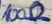
Text: 100Ω